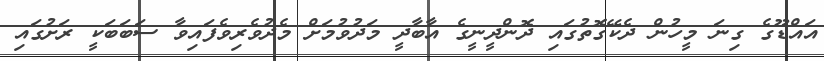
އައްޑޫގެ ގިނަ މީހުން ދެކޭގޮތުގައި ދޮންދީނީގެ އާބާދީ މަދުވުމަށް މެދުވެރިވެފައިވާ ސަބަބަކީ ރަށުގައި